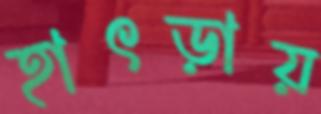
হাৎড়ায়